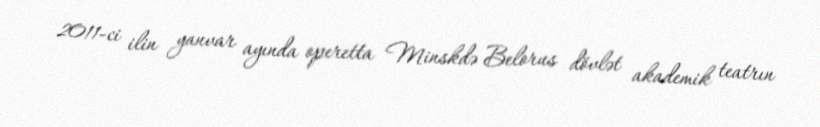
2011-ci ilin yanvar ayında operetta Minskdə Belorus dövlət akademik teatrın